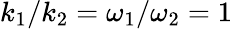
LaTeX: k_{1}/k_{2}=\omega_{1}/\omega_{2}=1